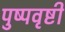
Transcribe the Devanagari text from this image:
पुष्पवृष्टी